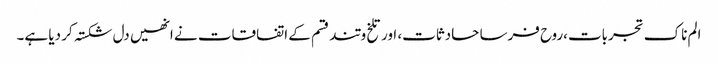
الم ناک تجربات،روح فرسا حادثات، اور تلخ و تند قسم کے اتفاقات نے انھیں دل شکستہ کر دیا ہے۔